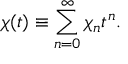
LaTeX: \chi ( t ) \equiv \sum _ { n = 0 } ^ { \infty } \chi _ { n } t ^ { n } .